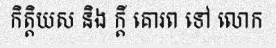
កិត្តិយស និង ក្តី គោរព ទៅ លោក